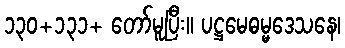
၁၃၀+၁၃၁+ တော်မူပြီး။ ပဋ္ဌမေဓမ္မဒေသနေ၊